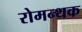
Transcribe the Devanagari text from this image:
रोमन्थक